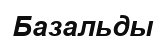
Базальды